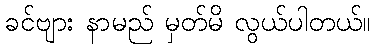
ခင်ဗျား နာမည် မှတ်မိ လွယ်ပါတယ်။